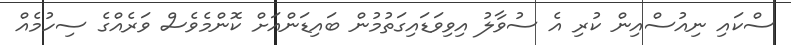
ސްކައި ނިއުސްއިން ކުރި އެ ސުވާލު އިވިވަޑައިގަތުމުން ބައިޑަންއަށް ކޮންމެވެސް ވަރެއްގެ ސިހުމެއް